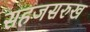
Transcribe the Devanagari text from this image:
सहजसरुख